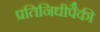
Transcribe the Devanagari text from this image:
प्रतिनिधीपैकी